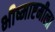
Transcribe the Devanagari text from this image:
भीष्माष्टमीला